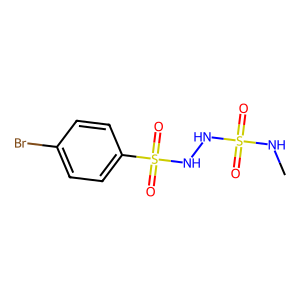
SMILES: CNS(=O)(=O)NNS(=O)(=O)c1ccc(Br)cc1
Inhibits HIV replication: No